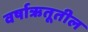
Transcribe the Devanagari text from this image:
वर्षाऋतूतील